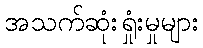
အသက်ဆုံးရှုံးမှုများ